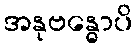
အနုဗန္ဓောပိ